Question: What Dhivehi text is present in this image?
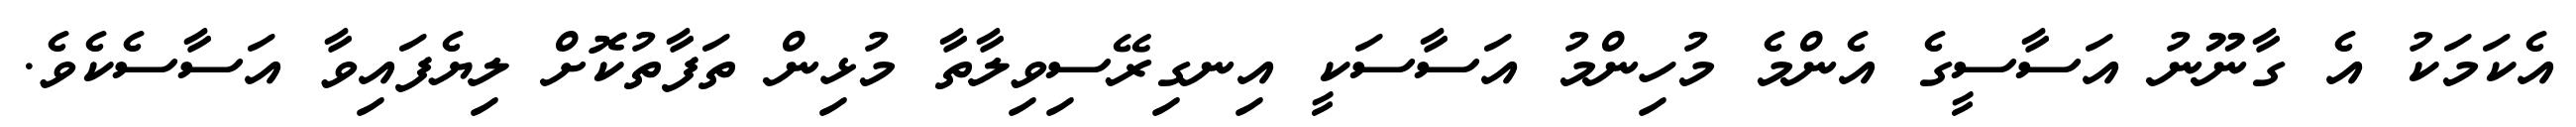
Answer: އެކަމަކު އެ ގާނޫނު އަސާސީގެ އެންމެ މުހިންމު އަސާސަކީ އިނގިރޭސިވިލާތާ މުޅިން ތަފާތުކޮށް ލިޔެފައިވާ އަސާސެކެވެ.